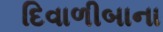
દિવાળીબાના